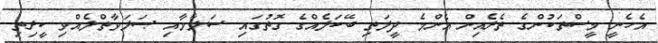
އެހެނީ މީސްތަކުންގެ ތެރެއިން އެންމެ ދީލަތި ބޭކަލެއްގެ ގޮތުގައި ސަލާމާއި ޞަލަވާތްލެއްވި ކީރިތި